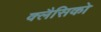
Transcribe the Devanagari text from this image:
क्लैसिको